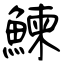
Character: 鰊